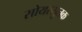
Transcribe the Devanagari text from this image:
सोयरसुतक